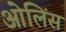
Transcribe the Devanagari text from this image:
ओलिंस